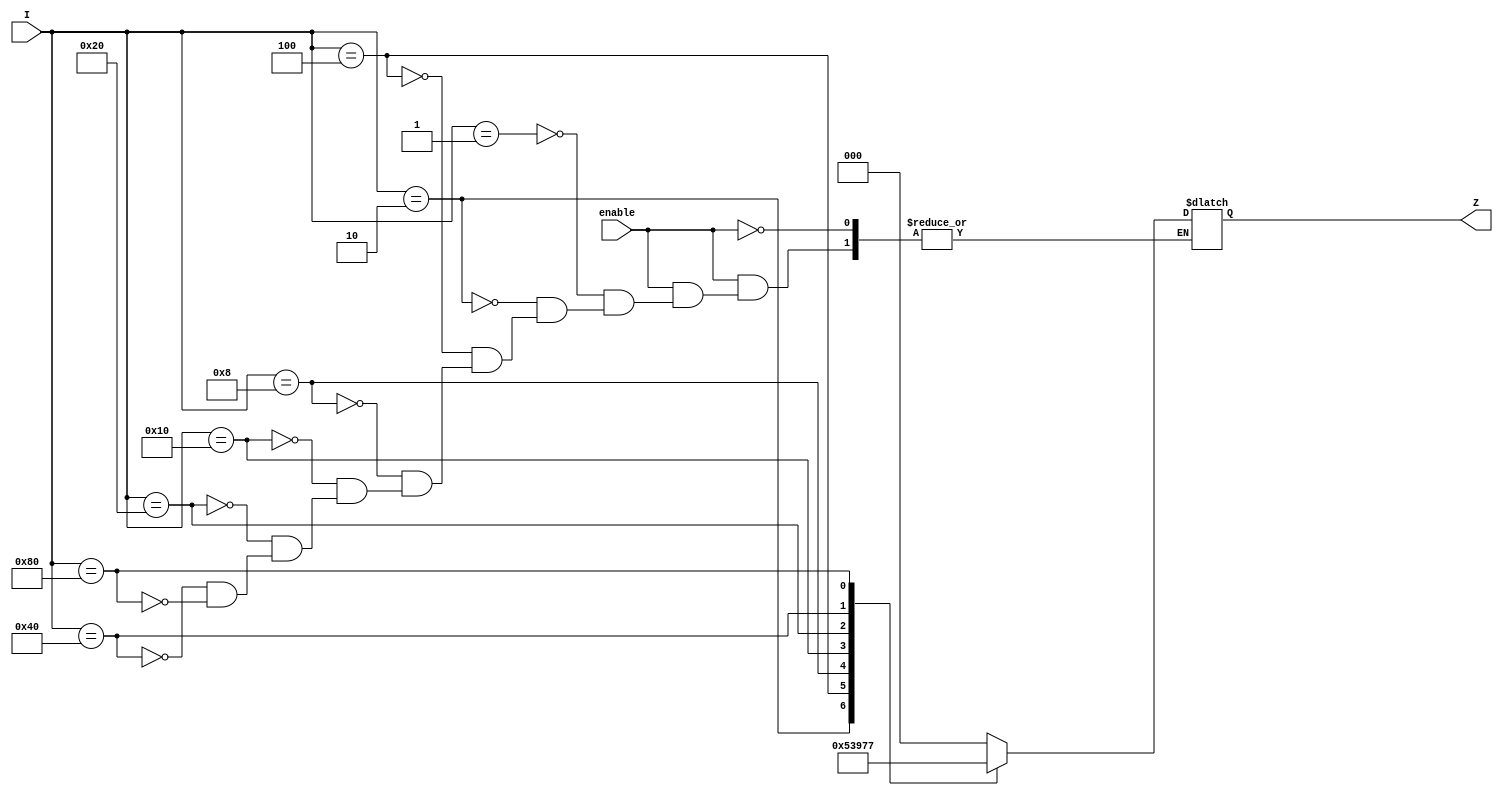
module encoder(Z, I, enable);
	output[2:0] Z;
	input[7:0] I;
	input enable;
	reg[2:0] Z; 
	always @*
	begin
	if(enable)
	begin
		case(I)
		8'h01:Z=3'b000;
		8'h02:Z=3'b001;
		8'h04:Z=3'b010;
		8'h08:Z=3'b011;
		8'h10:Z=3'b100;
		8'h20:Z=3'b101;
		8'h40:Z=3'b110;
		8'h80:Z=3'b111;
		endcase
	end
	end
endmodule